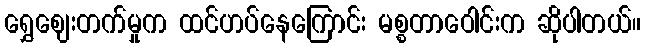
ရွှေဈေးတက်မှုက ထင်ဟပ်နေကြောင်း မစ္စတာဝေါင်းက ဆိုပါတယ်။